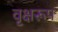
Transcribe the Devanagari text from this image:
वृक्षरूप